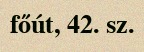
főút, 42. sz.